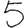
Digit: 5